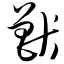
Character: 兽